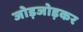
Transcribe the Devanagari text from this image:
जोड़जोड़कर